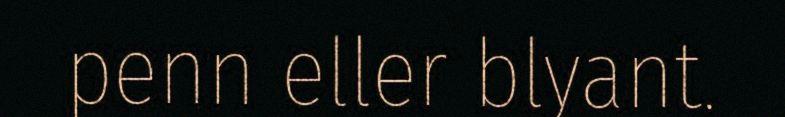
penn eller blyant.